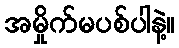
အမှိုက်မပစ်ပါနဲ့။